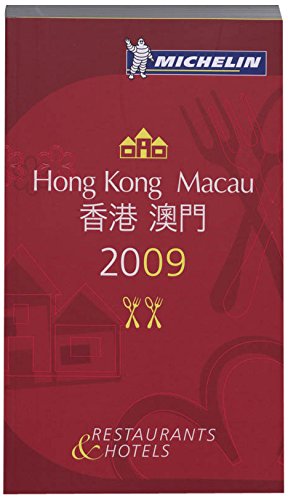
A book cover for Michelin Guide Hong Kong and Macau Restaurants & Hotels (Michelin Guides); Travel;